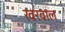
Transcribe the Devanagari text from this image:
खरवाल